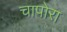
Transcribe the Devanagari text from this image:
चापोरा